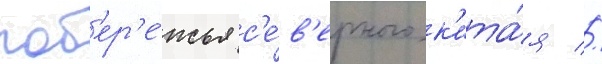
поб'ер'е́жья с'е́в'ерного к'ита́я //